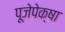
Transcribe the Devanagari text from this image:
पूजेपेक्षा